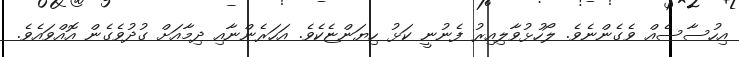
އިހުސާސެއް ވެގެންނެވެ. ލޯހުޅުވާލިއިރު ފެނުނީ ކަޅު ހިޔަންޏެކެވެ. އަހަރެންނާއި ދިމާއަށް ގުދުވެގެން އޮއްވައެވެ.